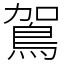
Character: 鴐